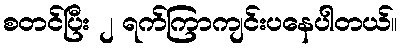
စတင်ပြီး ၂ ရက်ကြာကျင်းပနေပါတယ်။